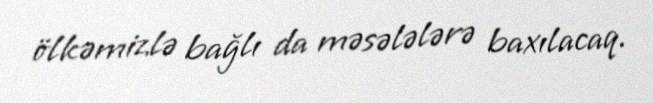
ölkəmizlə bağlı da məsələlərə baxılacaq.